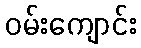
ဝမ်းကျောင်း